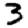
Digit: 3